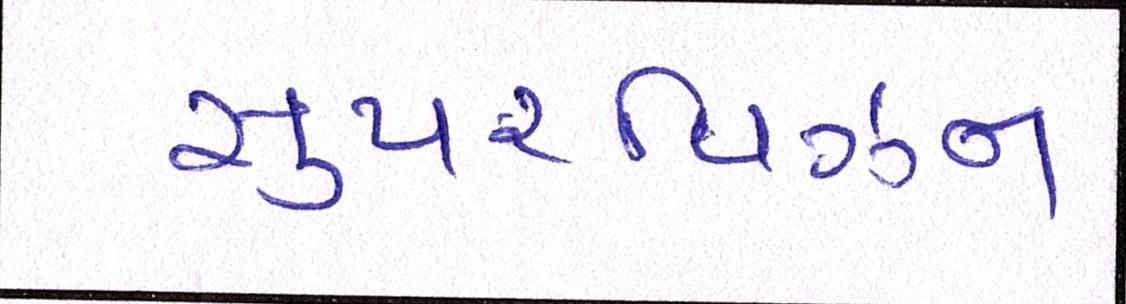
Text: સુપરવિઝન